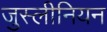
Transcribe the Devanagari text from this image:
जुस्लीनियन